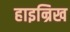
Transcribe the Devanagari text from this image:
हाइन्रिख